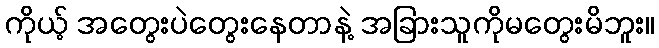
ကိုယ့် အတွေးပဲတွေးနေတာနဲ့ အခြားသူကိုမတွေးမိဘူး။